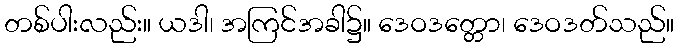
တစ်ပါးလည်း။ ယဒါ၊ အကြင်အခါ၌။ ဒေဝဒတ္တော၊ ဒေဝဒတ်သည်။